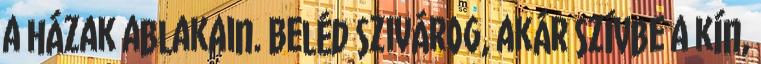
a házak ablakain. Beléd szivárog, akár szívbe a kín,